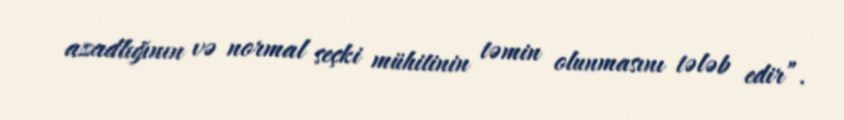
azadlığının və normal seçki mühitinin təmin olunmasını tələb edir”.